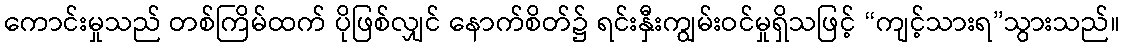
ကောင်းမှုသည် တစ်ကြိမ်ထက် ပိုဖြစ်လျှင် နောက်စိတ်၌ ရင်းနှီးကျွမ်းဝင်မှုရှိသဖြင့် “ကျင့်သားရ”သွားသည်။